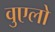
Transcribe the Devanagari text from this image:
वुएलो